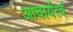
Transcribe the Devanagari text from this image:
आचार्यत्वं